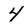
Character: 4